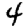
Digit: 4